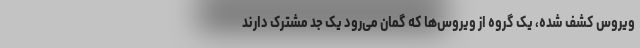
ویروس کشف شده، یک گروه از ویروس‌ها که گمان می‌رود یک جد مشترک دارند